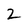
Character: 2